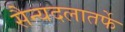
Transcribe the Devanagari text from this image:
सैन्यदलातर्फे